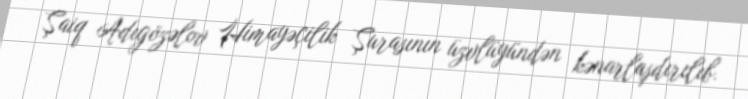
Şaiq Adıgözəlov Himayəçilik Şurasının üzvlüyündən kənarlaşdırılıb.